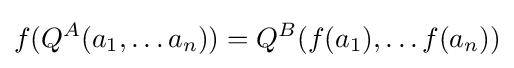
f(Q^{A}(a_{1},\ldots a_{n}))=Q^{B}(f(a_{1}),\ldots f(a_{n}))